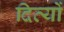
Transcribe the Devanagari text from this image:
दिव्यों